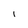
Character: i